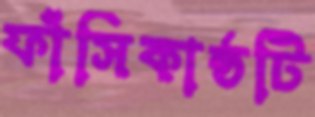
ফাঁসিকাষ্ঠটি